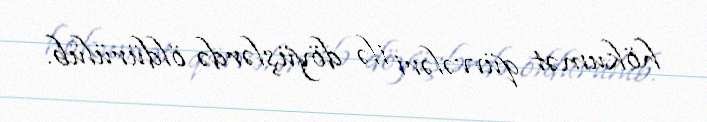
hökumət qüvvələri ilə döyüşlərdə öldürülüb.